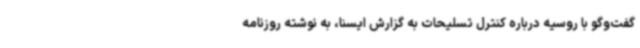
گفت‌وگو با روسیه درباره کنترل تسلیحات به گزارش ایسنا، به نوشته روزنامه